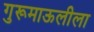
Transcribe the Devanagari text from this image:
गुरूमाऊलीला